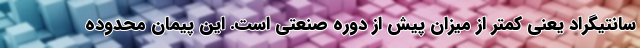
سانتیگراد یعنی کمتر از میزان پیش از دوره صنعتی است. این پیمان محدوده